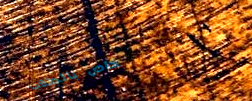
خاص بالطلاب